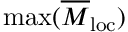
\operatorname* { m a x } ( \overline { { M } } _ { \mathrm { l o c } } )